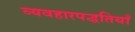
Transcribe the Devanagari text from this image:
व्यवहारपद्धतियाँ